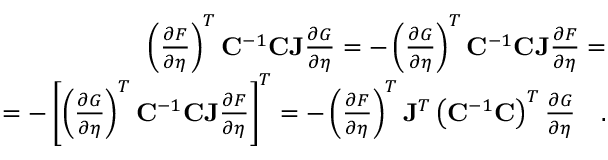
\begin{array} { r } { \left( \frac { \partial F } { \partial \eta } \right) ^ { T } \mathbf { C } ^ { - 1 } \mathbf { C J } \frac { \partial G } { \partial \eta } = - \left( \frac { \partial G } { \partial \eta } \right) ^ { T } \mathbf { C } ^ { - 1 } \mathbf { C J } \frac { \partial F } { \partial \eta } = } \\ { = - \left[ \left( \frac { \partial G } { \partial \eta } \right) ^ { T } \mathbf { C } ^ { - 1 } \mathbf { C J } \frac { \partial F } { \partial \eta } \right] ^ { T } = - \left( \frac { \partial F } { \partial \eta } \right) ^ { T } \mathbf { J } ^ { T } \left( \mathbf { C } ^ { - 1 } \mathbf { C } \right) ^ { T } \frac { \partial G } { \partial \eta } \quad . } \end{array}